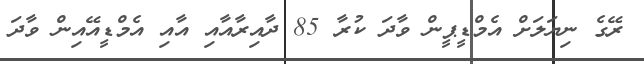
ރޭގެ ނިޔަލަށް އެމްޑީޕީން ވާދަ ކުރާ 85 ދާއިރާއާއި އާއި އެމްޑީއޭއިން ވާދަ